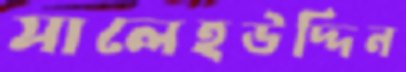
সালেহউদ্দিন